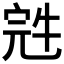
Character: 𰍁